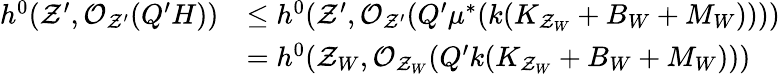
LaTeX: \begin{array}{rl}{h^{0}(\mathcal{Z}^{\prime},\mathcal{O}_{\mathcal{Z}^{\prime}}(Q^{\prime}H))}&{\leq h^{0}(\mathcal{Z}^{\prime},\mathcal{O}_{\mathcal{Z}^{\prime}}(Q^{\prime}\mu^{*}(k(K_{\mathcal{Z}_{W}}+B_{W}+M_{W}))))}\\ &{=h^{0}(\mathcal{Z}_{W},\mathcal{O}_{\mathcal{Z}_{W}}(Q^{\prime}k(K_{\mathcal{Z}_{W}}+B_{W}+M_{W})))}\end{array}